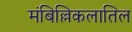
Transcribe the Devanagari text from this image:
मंबिल्लिकलातिल